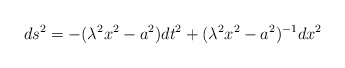
\begin{align*}ds^{2}=-(\lambda^{2}x^{2}-a^{2})dt^{2}+(\lambda^{2}x^{2}-a^{2})^{-1}dx^{2}\end{align*}